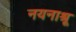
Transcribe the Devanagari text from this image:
नयनाश्रू